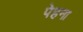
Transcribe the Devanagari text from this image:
पेहना